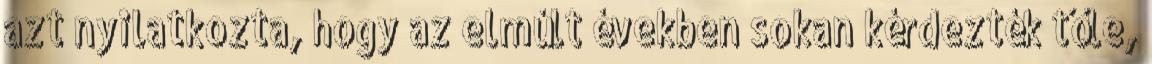
azt nyilatkozta, hogy az elmúlt években sokan kérdezték tőle,